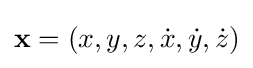
\mathbf {x} =(x,y,z,{\dot {x}},{\dot {y}},{\dot {z}})